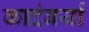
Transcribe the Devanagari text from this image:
कादंबर्या